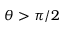
\theta > \pi / 2